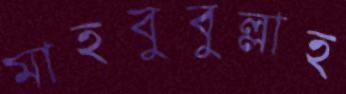
মাহবুবুল্লাহ